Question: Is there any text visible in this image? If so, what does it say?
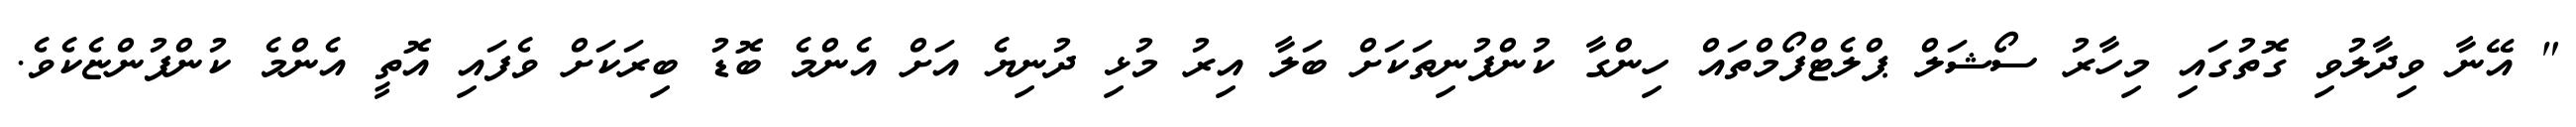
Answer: " އޭނާ ވިދާލުވި ގޮތުގައި މިހާރު ސޯޝަލް ޕްލެޓްފޯމްތައް ހިންގާ ކުންފުނިތަކަށް ބަލާ އިރު މުޅި ދުނިޔެ އަށް އެންމެ ބޮޑު ބިރަކަށް ވެފައި އޮތީ އެންމެ ކުންފުންޏެކެވެ.